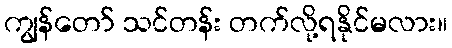
ကျွန်တော် သင်တန်း တက်လို့ရနိုင်မလား။